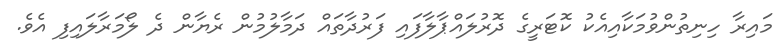
މައިރާ ހިނިތުންވުމަކާއިއެކު ކޮޓަރީގެ ދޮރުލައްޕާލާފައި ފަރުދާތައް ދަމާލުމުން ރެޔާން ދެ ލޯމަރާލައިފި އެވެ.